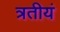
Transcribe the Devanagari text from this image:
त्रतीयं